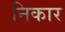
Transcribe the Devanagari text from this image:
निकार